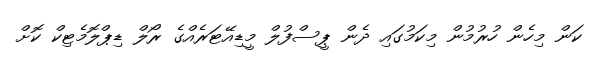
ކަން މިހެން ހުރުމުން މިކަމުގައި ދެން ޕީސްފުލް މީޑިއޭޓަރެއްގެ ރޯލް ޑިޕްލޮމެޓިކް ކޮށް